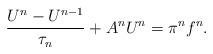
LaTeX: \begin{align*}\frac{U^n-U^{n-1}}{\tau_n}+A^n U^n=\pi^n f^n.\end{align*}